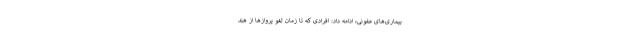
بیماری‌های عفونی، ادامه داد: افرادی که تا زمان لغو پروازها از هند